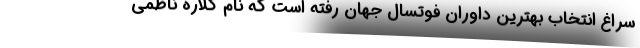
سراغ انتخاب بهترین داوران فوتسال جهان رفته است که نام گلاره ناظمی